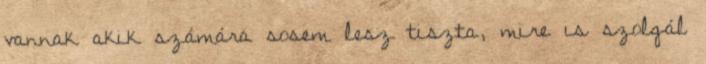
vannak akik számára sosem lesz tiszta, mire is szolgál